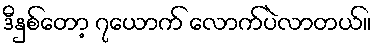
ဒီနှစ်တော့ ၇ယောက် လောက်ပဲလာတယ်။